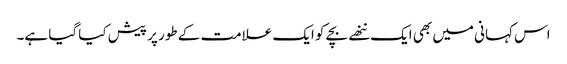
اس کہانی میں بھی ایک ننھے بچے کو ایک علامت کے طور پر پیش کیا گیا ہے۔